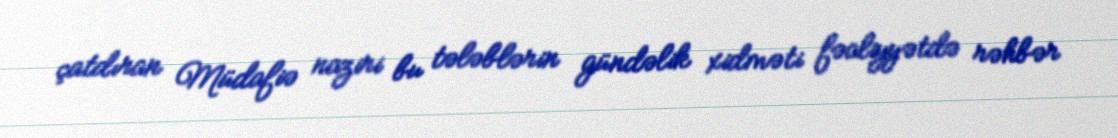
çatdıran Müdafiə naziri bu tələblərin gündəlik xidməti fəaliyyətdə rəhbər